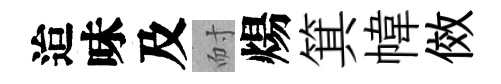
迨味及耐煬箕幃傚